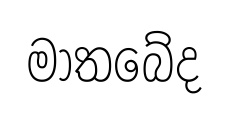
මාතබේද